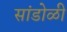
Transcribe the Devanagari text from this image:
सांडोळी